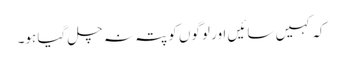
کہ کہیں سائیں اور لوگوں کو پتہ نہ چل گیا ہو۔